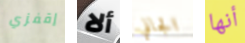
إقفزي ألا الجاني أنها